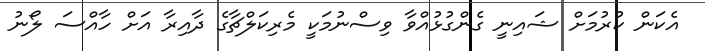
އެކަން ކުރުމަށް ޝައިނީ ގެންގުޅުއްވާ ވިސްނުމަކީ މެރިކަލްޗާގެ ދާއިރާ އަށް ހާއްސަ ލޯނު